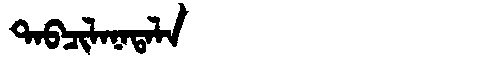
Manchu: ᡨᠠᠪᠴᡳᠯᠠᠨᠠᡨᠠᠯᠠ
Romanization: TABCILANATALA